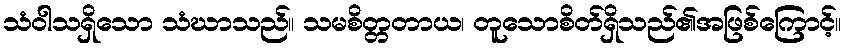
သံဝါသရှိသော သံဃာသည်။ သမစိတ္တတာယ၊ တူသောစိတ်ရှိသည်၏အဖြစ်ကြောင့်။